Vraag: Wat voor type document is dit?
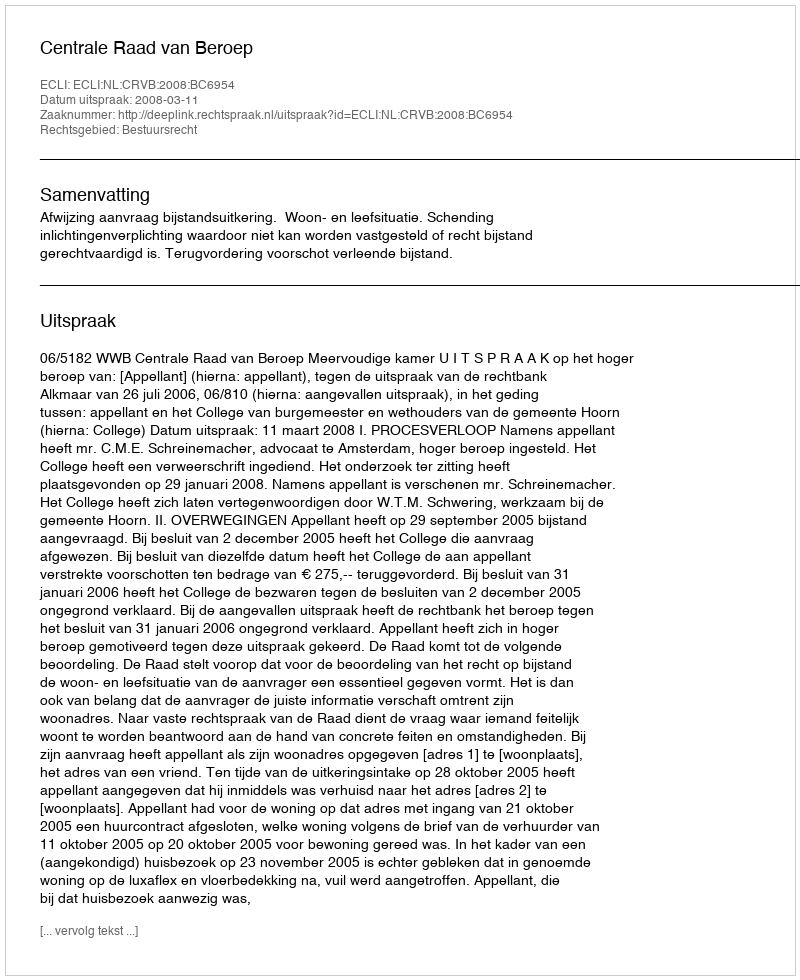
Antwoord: Uitspraak